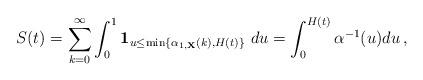
LaTeX: \begin{align*}S(t)= \sum_{k=0}^\infty \int_0^1 {\bf 1}_{u \leq \min\{\alpha_{1,{\bf X}}(k), H(t)\}} \ du=\int_0^{H(t)} \alpha^{-1}(u) du \, ,\end{align*}